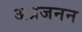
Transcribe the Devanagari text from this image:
अप्रजनन